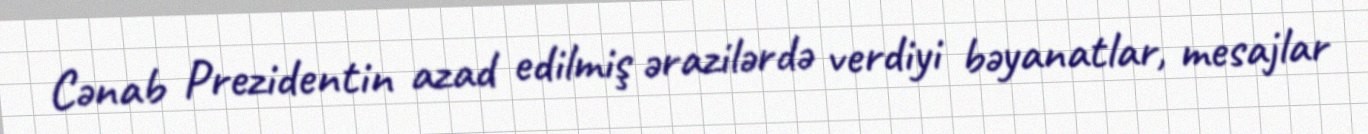
Cənab Prezidentin azad edilmiş ərazilərdə verdiyi bəyanatlar, mesajlar